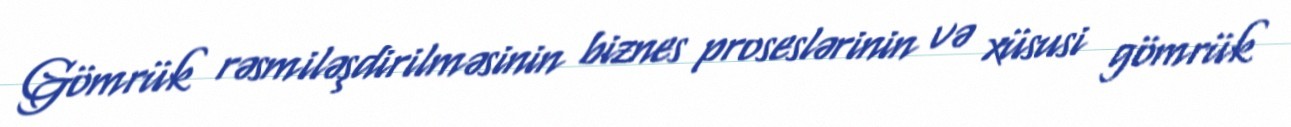
Gömrük rəsmiləşdirilməsinin biznes proseslərinin və xüsusi gömrük